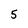
Character: 5